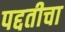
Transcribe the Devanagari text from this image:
पद्दतीचा